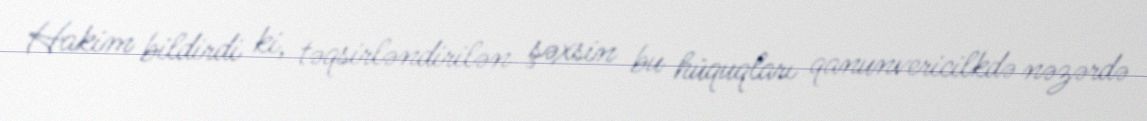
Hakim bildirdi ki, təqsirləndirilən şəxsin bu hüquqları qanunvericilkdə nəzərdə